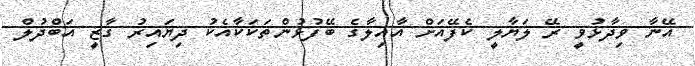
އޭނާ ވިދާޅުވީ ރޭ ލަޔާލީ ކެފޭއަށް އާއިލާގެ ބޭފުޅުންތަކަކާއެކު ދިޔައިރު ގާޒީ އަބްދުލް